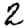
Digit: 2